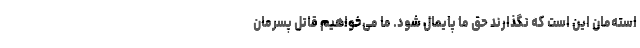
استه‌مان این است که نگذارند حق ما پایمال شود. ما می‌خواهیم قاتل پسرمان